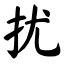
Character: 扰